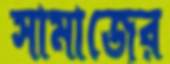
সামাজের